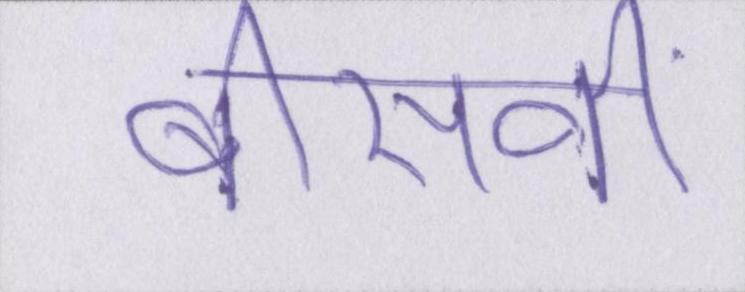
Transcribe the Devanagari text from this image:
बीसवीं